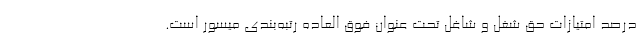
درصد امتیازات حق شغل و شاغل تحت عنوان فوق العاده رتبه‌بندی میسور است.